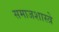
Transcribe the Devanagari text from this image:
समाजशास्त्रे